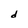
Character: d